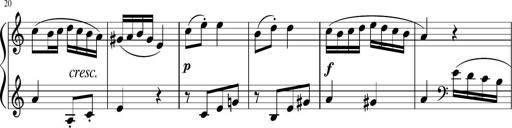
Title: 6 Progressive Sonatinas
Composer: Johann Anton AndrÃ©